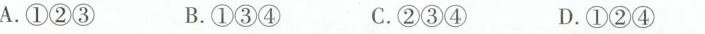
A.①②③ B.①③④ C.②③④ D.①②④